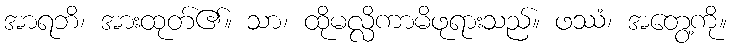
အာရဘိ၊ အားထုတ်၏။ သာ၊ ထိုမလ္လိကာမိဖုရားသည်။ ဖဿံ၊ အတွေ့ကို။